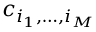
c _ { i _ { 1 } , \dots , i _ { M } }